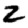
Digit: 2